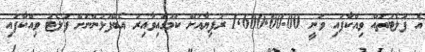
އެ ފުލެޓުތައް ވިއްކާފައި ވަނީ 1